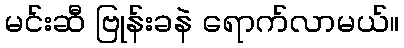
မင်းဆီ ဗြုန်းခနဲ ရောက်လာမယ်။